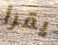
يقرأ